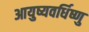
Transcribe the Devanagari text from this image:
आयुष्यवर्धिष्णु